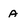
Character: A